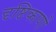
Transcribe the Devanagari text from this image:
दृष्टिकाणों